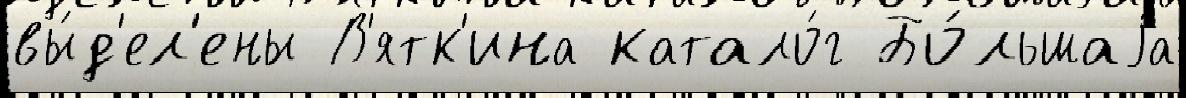
вы́д'ел'ены В'ятк'ина катало́г Бо́льшаjа